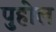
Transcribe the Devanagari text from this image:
पुहोल